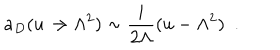
a _ { D } ( u \to \Lambda ^ { 2 } ) \sim \frac { i } { 2 \Lambda } ( u - \Lambda ^ { 2 } ) \ \ .